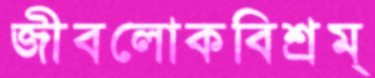
জীবলোকবিশ্রম্